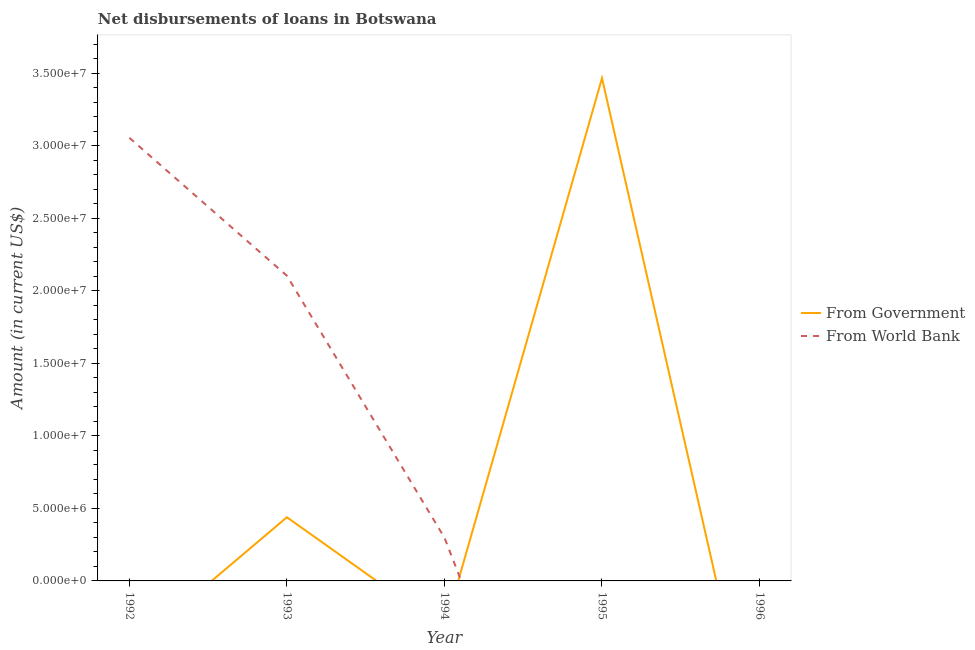
| Year | From Government | From World Bank |
 | --- | --- | --- |
 | 1992 | -4.8e+06 | 3.06e+07 |
 | 1993 | 4.39e+06 | 2.1e+07 |
 | 1994 | -3.32e+06 | 2.98e+06 |
 | 1995 | 3.47e+07 | -2.5e+07 |
 | 1996 | -1.31e+07 | -2.39e+07 |